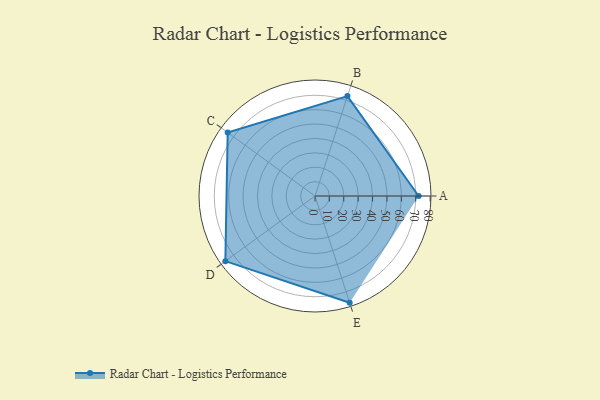
{"axis": {"x": "Skill", "y": "Score"}, "legend": ["Profile"], "data": [{"x": "A", "y": 72.0, "type": "Profile"}, {"x": "B", "y": 73.0, "type": "Profile"}, {"x": "C", "y": 75.0, "type": "Profile"}, {"x": "D", "y": 77.0, "type": "Profile"}, {"x": "E", "y": 78.0, "type": "Profile"}]}